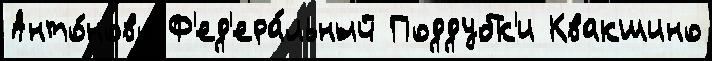
Анто́ново Ф'ед'ера́льный Поддубк'и Квакшино